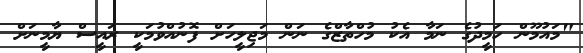
"މައުމޫން ހަމީދުގެ ނަމާ އެކު މުހްތާޒްގެ ނަން މަޖިލީހަށް ފޮނުއްވުމަކީ ރައީސް ޔާމީނަށް